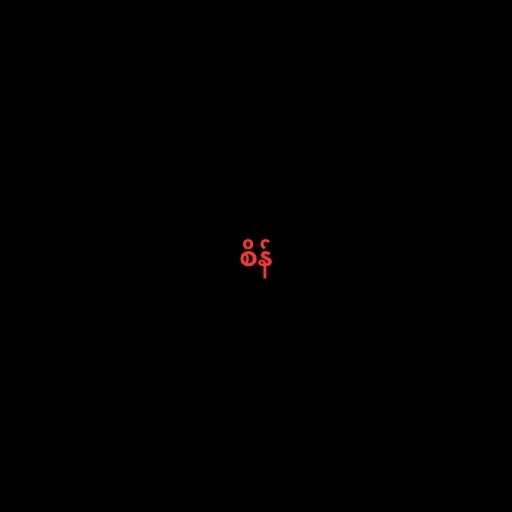
စိန်